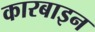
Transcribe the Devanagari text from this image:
कारबाइन